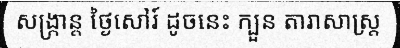
សង្ក្រាន្ត ថ្ងៃសៅរ៍ ដូចនេះ ក្បួន តារាសាស្ត្រ